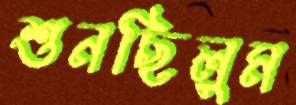
শুনছিলুম